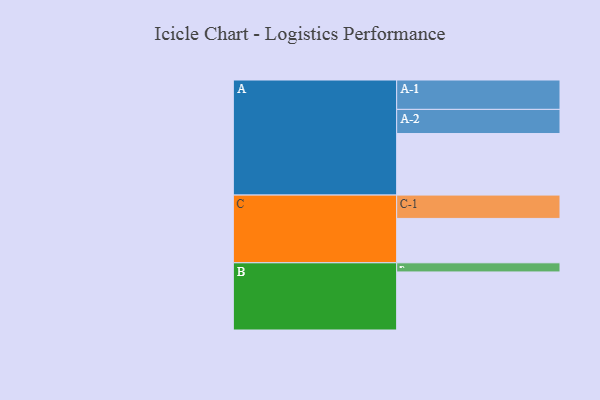
{"axis": {"x": "Segment", "y": "Value"}, "legend": ["", "A", "B", "C"], "data": [{"x": "A", "y": 599, "type": ""}, {"x": "B", "y": 565, "type": ""}, {"x": "C", "y": 432, "type": ""}, {"x": "A-1", "y": 286, "type": "A"}, {"x": "A-2", "y": 235, "type": "A"}, {"x": "B-1", "y": 89, "type": "B"}, {"x": "C-1", "y": 227, "type": "C"}]}